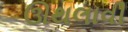
ઊથલાવી